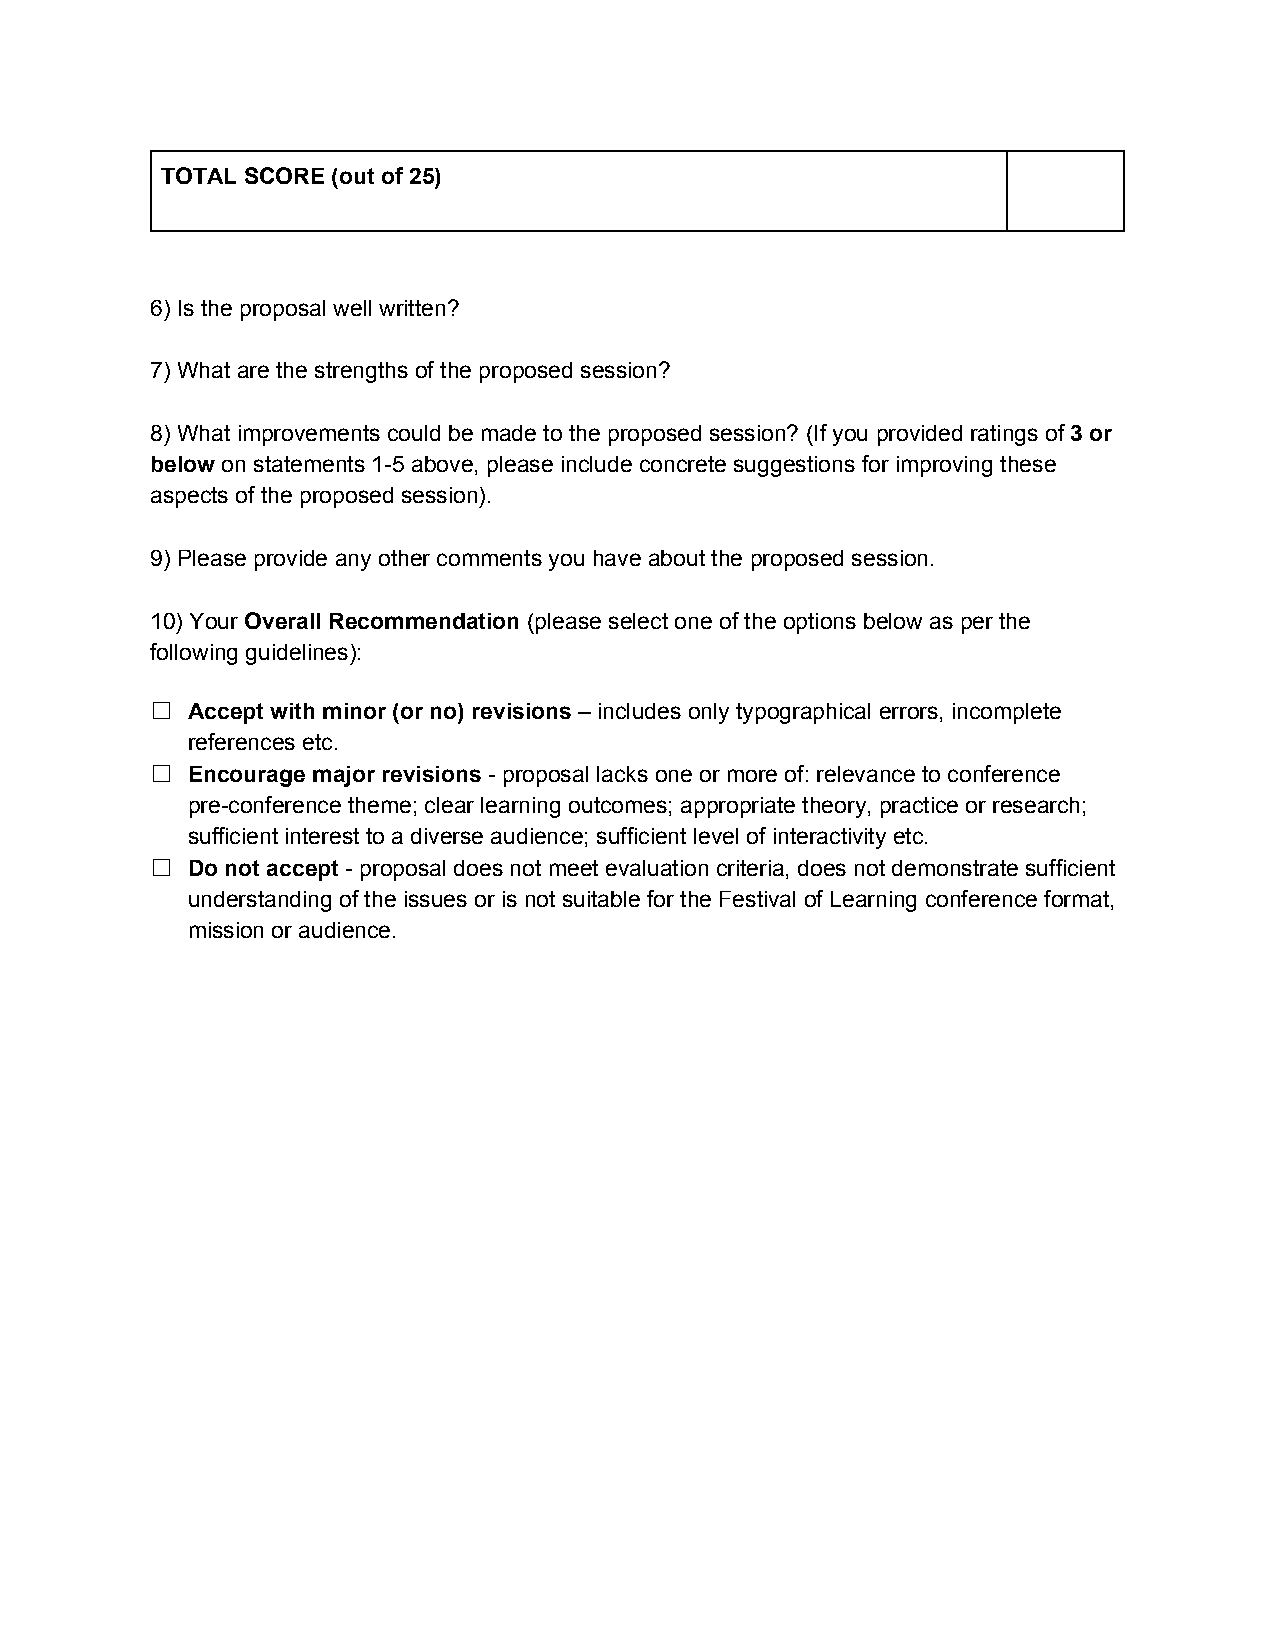
TOTAL SCORE (out of 25)
 ​ ​   ​ ​ ​ ​ ​ ​
 6) Is the proposal well written?
 ​ ​ ​ ​ ​ ​ ​ ​ ​ ​
 7) What are the strengths of the proposed session?
 ​ ​ ​ ​ ​ ​ ​ ​ ​ ​ ​ ​ ​ ​ ​ ​
 8) What improvements could be made to the proposed session? (If you provided ratings of 3 or
 ​ ​ ​ ​       ​ ​ ​ ​ ​ ​ ​ ​ ​ ​ ​ ​ ​ ​ ​ ​ ​ ​ ​ ​ ​ ​ ​ ​ ​ ​​ ​ ​
 below on statements 1-5 above, please include concrete suggestions for improving these
 ​​ ​ ​ ​  ​ ​ ​ ​ ​ ​  ​ ​  ​ ​   ​ ​      ​ ​ ​ ​  ​ ​
 aspects of the proposed session).
 ​ ​ ​ ​ ​ ​ ​ ​
 9) Please provide any other comments you have about the proposed session.
 ​ ​  ​ ​   ​ ​ ​ ​ ​ ​   ​ ​ ​ ​ ​ ​ ​ ​ ​ ​ ​ ​
 10) Your Overall Recommendation (please select one of the options below as per the
 ​ ​ ​ ​​ ​ ​          ​​ ​  ​ ​ ​ ​ ​ ​ ​ ​ ​ ​ ​ ​ ​ ​ ​ ​ ​ ​
 following guidelines):
 ​ ​
 ☐ Accept with minor (or no) revisions – includes only typographical errors, incomplete
 ​ ​ ​ ​  ​ ​ ​ ​ ​ ​ ​​ ​ ​ ​ ​ ​ ​ ​    ​ ​  ​ ​
 references etc.
 ​ ​
 ☐ Encourage major revisions - proposal lacks one or more of: relevance to conference
 ​ ​  ​ ​    ​​ ​ ​ ​ ​ ​ ​ ​ ​ ​ ​ ​ ​ ​ ​ ​ ​ ​ ​ ​
 pre-conference theme; clear learning outcomes; appropriate theory, practice or research;
 ​ ​  ​ ​ ​ ​  ​ ​     ​ ​     ​ ​  ​ ​  ​ ​ ​ ​
 sufficient interest to a diverse audience; sufficient level of interactivity etc.
 ​ ​   ​ ​ ​ ​ ​ ​ ​ ​ ​ ​  ​ ​ ​ ​ ​ ​   ​ ​
 ☐ Do not accept - proposal does not meet evaluation criteria, does not demonstrate sufficient
 ​ ​ ​ ​ ​​ ​ ​ ​ ​ ​ ​ ​ ​ ​ ​ ​ ​ ​  ​ ​ ​ ​ ​ ​    ​ ​
 understanding of the issues or is not suitable for the Festival of Learning conference format,
 ​ ​ ​ ​ ​ ​ ​ ​ ​ ​ ​ ​ ​ ​ ​ ​ ​ ​ ​ ​ ​ ​ ​ ​ ​ ​ ​ ​
 mission or audience.
 ​ ​ ​ ​